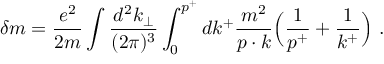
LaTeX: \delta m = { \frac { e ^ { 2 } } { 2 m } } \int { \frac { d ^ { 2 } k _ { \perp } } { ( 2 \pi ) ^ { 3 } } } \int _ { 0 } ^ { p ^ { + } } d k ^ { + } { \frac { m ^ { 2 } } { p \cdot k } } \Big ( { \frac { 1 } { p ^ { + } } } + { \frac { 1 } { k ^ { + } } } \Big ) \ .